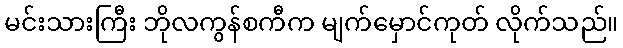
မင်းသားကြီး ဘိုလကွန်စကီက မျက်မှောင်ကုတ် လိုက်သည်။